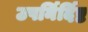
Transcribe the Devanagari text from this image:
उपर्निर्दिष्ट